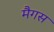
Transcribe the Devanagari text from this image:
मैगस